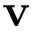
\mathbf { v }